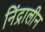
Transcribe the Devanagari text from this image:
निंद्रालीन